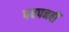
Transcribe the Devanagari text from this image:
पचपनवीं